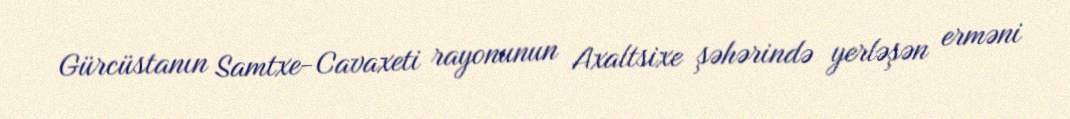
Gürcüstanın Samtxe-Cavaxeti rayonunun Axaltsixe şəhərində yerləşən erməni